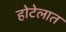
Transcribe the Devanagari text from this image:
होटेलात